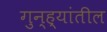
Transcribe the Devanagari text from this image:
गुन्ह्यांतील